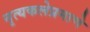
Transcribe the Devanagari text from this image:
नृत्यकलेप्रमाणे